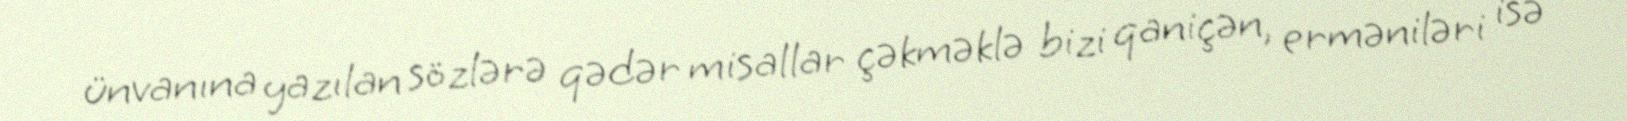
ünvanına yazılan sözlərə qədər misallar çəkməklə bizi qaniçən, erməniləri isə